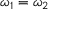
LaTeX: { \boldsymbol { \omega } } _ { 1 } = { \boldsymbol { \omega } } _ { 2 }